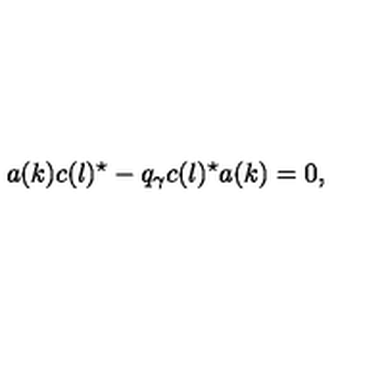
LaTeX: a ( k ) c ( l ) ^ { \star } - q _ { \gamma } c ( l ) ^ { \star } a ( k ) = 0 ,